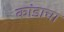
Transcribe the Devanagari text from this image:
कांडाचा